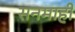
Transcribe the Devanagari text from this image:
सनमाही